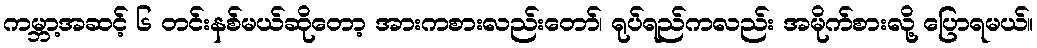
ကမ္ဘာ့အဆင့် ၆ တင်းနစ်မယ်ဆိုတော့ အားကစားလည်းတော်၊ ရုပ်ရည်ကလည်း အမိုက်စားလို့ ပြောရမယ်။